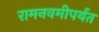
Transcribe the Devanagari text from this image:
रामनवमीपर्यंत